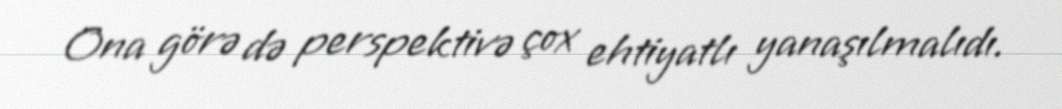
Ona görə də perspektivə çox ehtiyatlı yanaşılmalıdı.